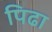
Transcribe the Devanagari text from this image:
पिढा